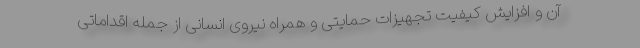
آن و افزایش کیفیت تجهیزات حمایتی و همراه نیروی انسانی از جمله اقداماتی